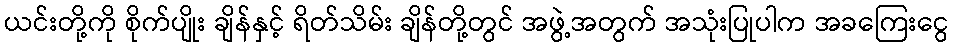
ယင်းတို့ကို စိုက်ပျိုး ချိန်နှင့် ရိတ်သိမ်း ချိန်တို့တွင် အဖွဲ့အတွက် အသုံးပြုပါက အခကြေးငွေ